Scottish Leaving Certificate Examination, 1956
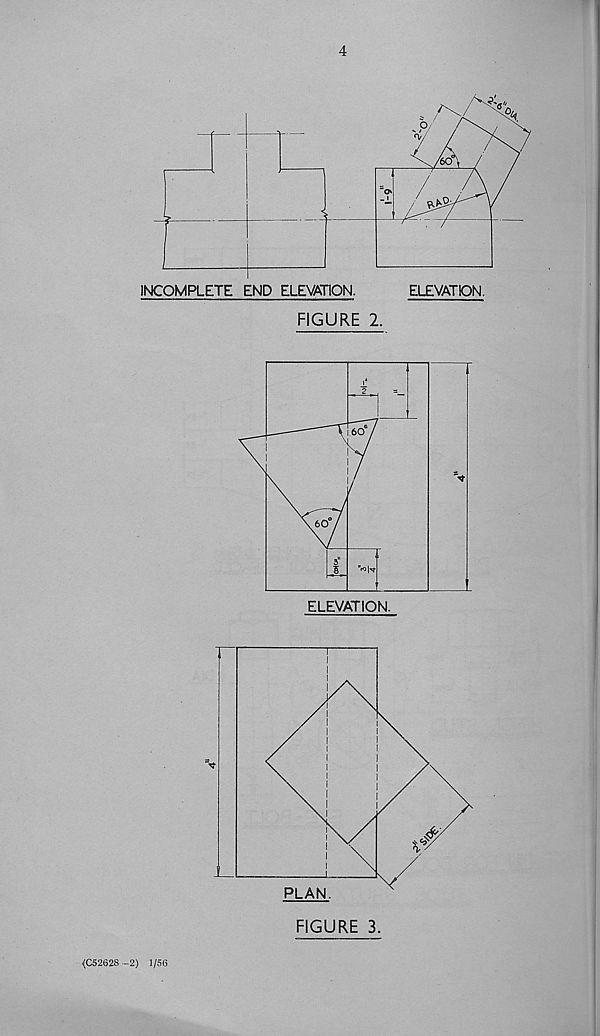
4
FIGURE 2.
FIGURE 3.
{C52628 -2) 1/56